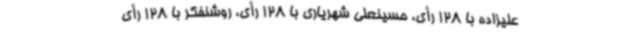
علیزاده با 128 رأی، حسینعلی شهریاری با 128 رأی، روشنفکر با 128 رأی